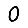
Digit: 0